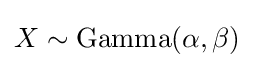
X\sim \mathrm {Gamma} (\alpha ,\beta )